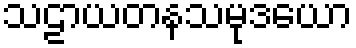
သဠာယတနသမုဒယော